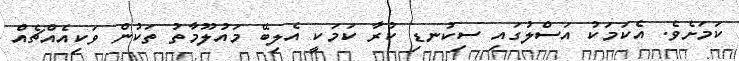
ކަމަށެވެ. އެކަމަކު އަސްލުގައި ސިކުނޑި ކުރާ ކަމަކީ އެލިބޭ މައުލޫމާތު ތަކުން ވަކިއެއްޗެއް